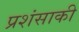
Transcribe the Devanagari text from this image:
प्रशंसाकी